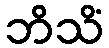
ဘိသိံ